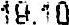
19.10